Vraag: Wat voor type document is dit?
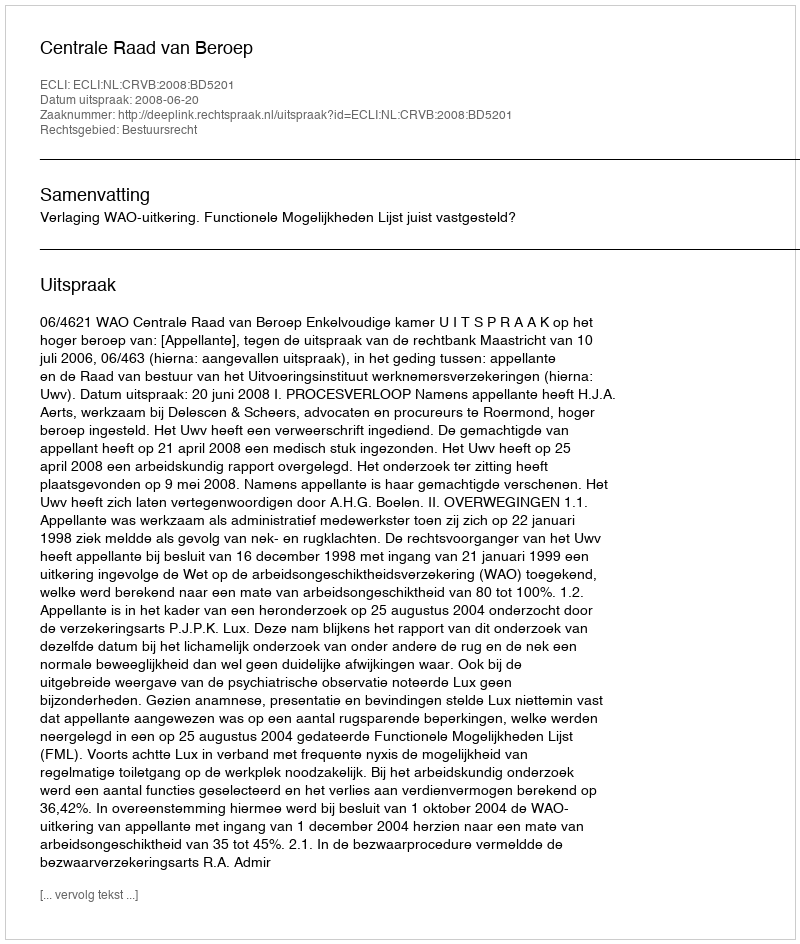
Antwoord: Uitspraak